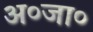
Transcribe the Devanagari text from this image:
अ०जा०